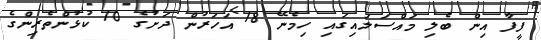
ފީފާ އިން ބެލި މައްސަލައިގައި ހިމެނޭ 18 އަހަރުން ދަށުގެ 10 ކުޅުންތެރިންގެ